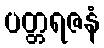
ပတ္တရဇနံ